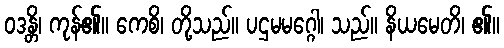
ဝဒန္တိ၊ ကုန်၏။ ကေစိ၊ တို့သည်။ ပဌမမဂ္ဂေါ၊ သည်။ နိယမေတိ၊ ၏။